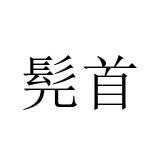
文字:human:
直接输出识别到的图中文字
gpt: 髡首